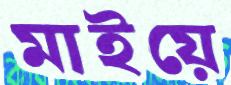
মাইয়ে